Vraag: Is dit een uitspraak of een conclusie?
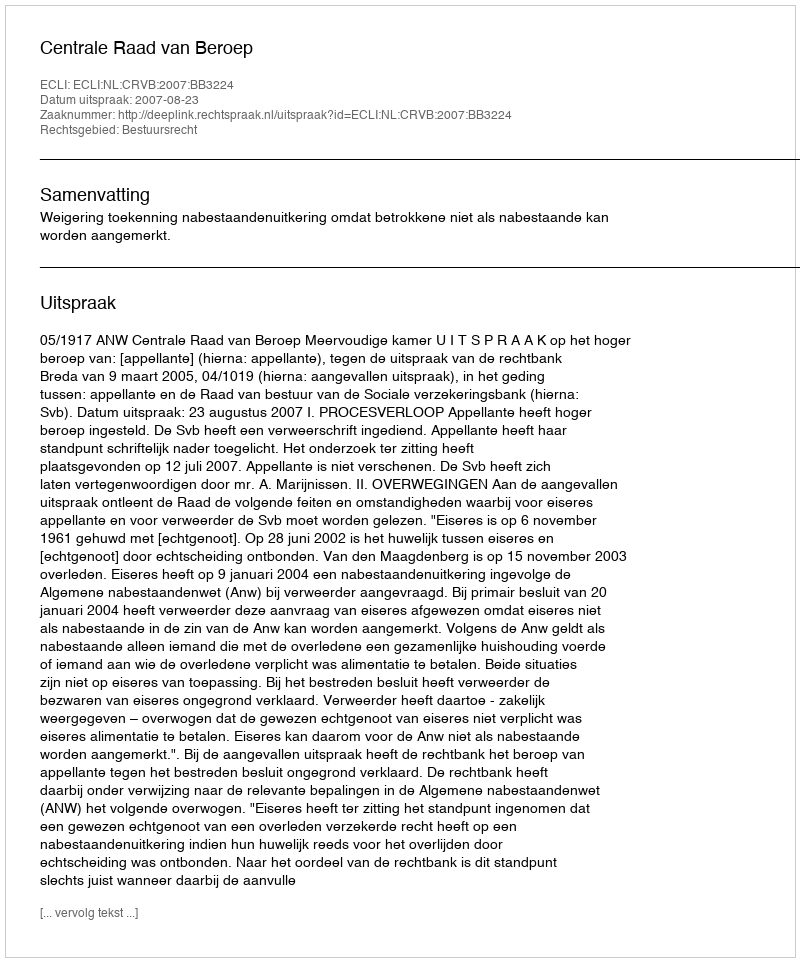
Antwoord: Uitspraak